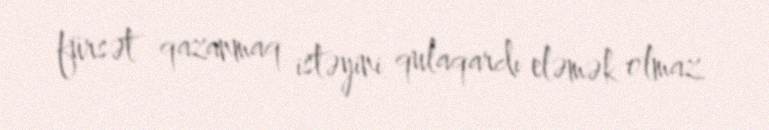
fürsət qazanmaq istəyini qulaqardı eləmək olmaz.